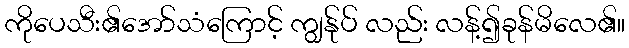
ကိုပေသီး၏အော်သံကြောင့် ကျွန်ုပ် လည်း လန့်၍ခုန်မိလေ၏။